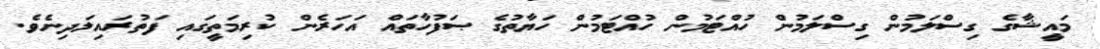
މައީޝާގެ ގިސްލަމުން ގިސްލަމުން ހުއްޓަމުން ހުއްޓަމުން ހަޔާތުގެ ޞަފުހާތައް އަހަރެން ކުރިމަތީގައި ފަތުރައިލަދިނެވެ.